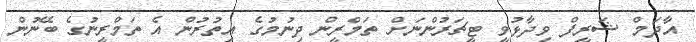
އާދަމް ޝަރީފް ވިދާޅުވީ ޓީޗަރުންނަށް ތަމްރީން ދިނުމުގެ އިތުރުން އެ ތަމްރީނުގެ ބޭނުން